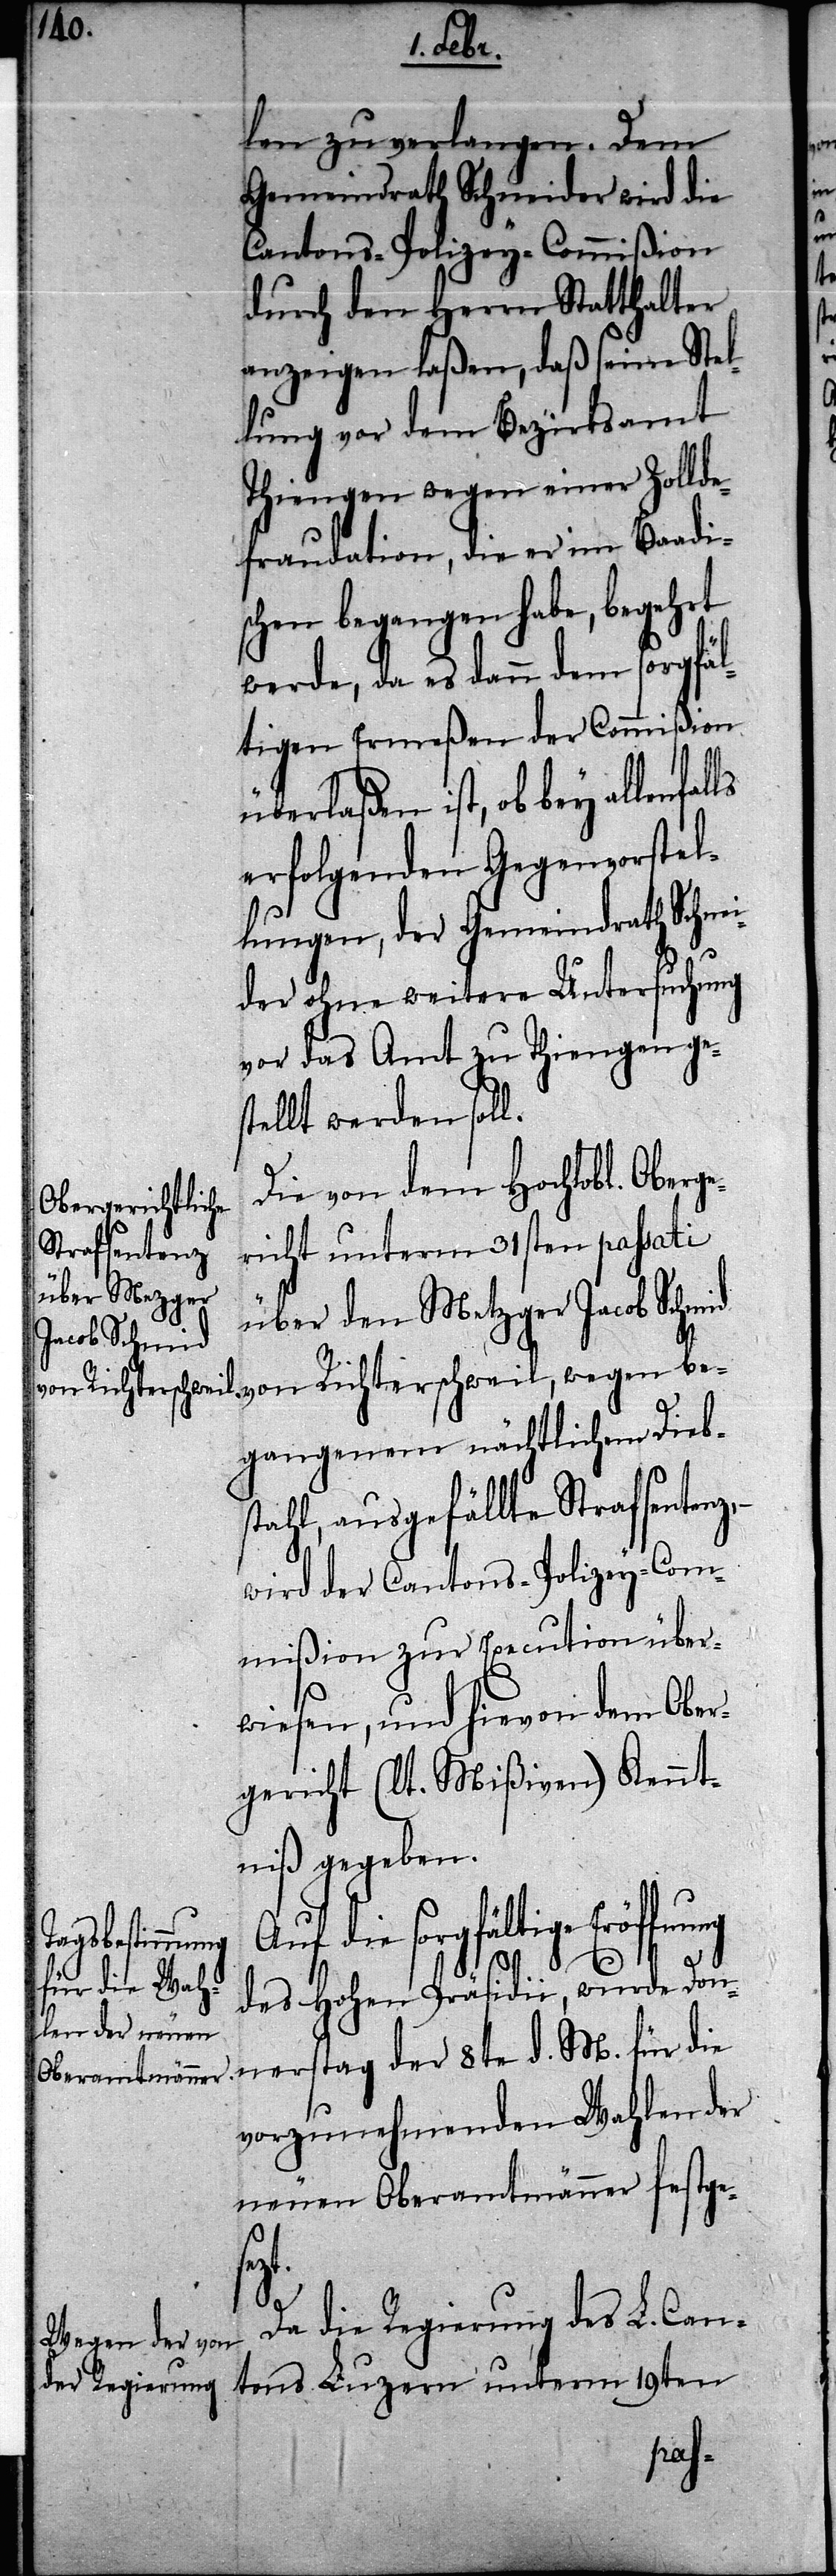
len zu verlangen, dem
Gemeindrath Scheinder wird die
Cantons-Polizey-Commißion
durch den Herrn Statthalter
anzeigen laßen, daß seine Stel¬
lung vor dem Bezirksamt
Thiengen wegen einer Zollde¬
fraudation, die er im Baadi¬
schen begangen habe, begehrt
werde, da es dann dem sorgfä¬
ltigen Ermeßen der Commißion
überlaßen ist, ob bey allenfal¬
erfolgenden Gegenvorstel¬
lungen, der Gemeindrath Schnei¬
der ohne weitere Untersuchung
vor das Amt zu Thiengen ges¬
tellt werden soll.
Die von dem Hochlobl. Oberg¬
ericht unterm 31sten passati
über den Metzger Jacob Schmid
gangenen nächtlichem Dieb¬
stahl, ausgefällte Strafsentenz,
wird der Cantons-Polizey-Com¬
mißion zur Execution über¬
wiesen, und hievon dem Ober¬
gericht (lt. Mißiven) Kennt¬
niß gegeben.
Auf die sorgfältige Eröffnung
d.
des Hohen Präsidii, wurde Don¬
vorzunehmenden Wahlen der
neuen Oberamtmänner festges¬
ezt.
Da die Regierung des L. Can¬
tons Luzern unterm 19ten
ner¬